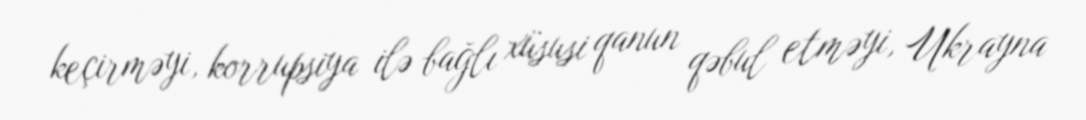
keçirməyi, korrupsiya ilə bağlı xüsusi qanun qəbul etməyi, Ukrayna